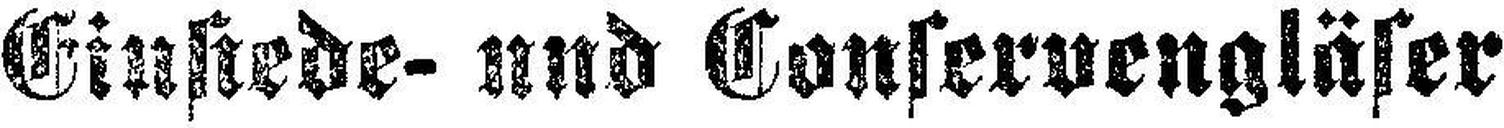
Einstede- und Conservengläser